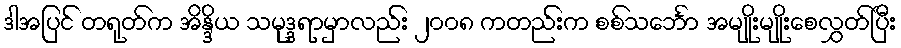
ဒါအပြင် တရုတ်က အိန္ဒိယ သမုဒ္ဒရာမှာလည်း ၂၀၀၈ ကတည်းက စစ်သင်္ဘော အမျိုးမျိုးစေလွှတ်ပြီး